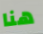
هنا